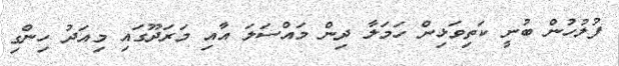
ފުލުހުން ބުނީ ކަތިވަޅިން ހަމަލާ ދިން މައްސަލަ އާއި މަރަދޫގައި މިއަދު ހިންގި